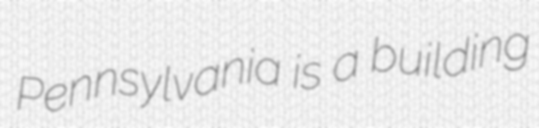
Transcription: Pennsylvania is a building